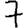
Digit: 7